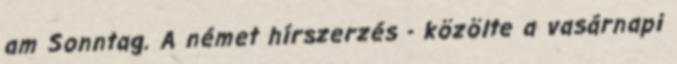
am Sonntag. A német hírszerzés - közölte a vasárnapi